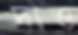
দাও